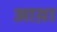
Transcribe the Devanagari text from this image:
आय़ा